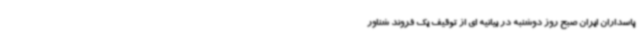
پاسداران ایران صبح روز دوشنبه در بیانیه ای از توقیف یک فروند شناور